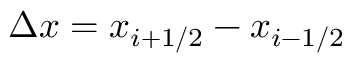
\Delta x = x _ { i + 1 / 2 } - x _ { i - 1 / 2 }